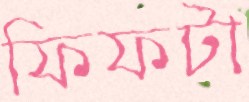
ফিফটা